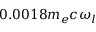
0 . 0 0 1 8 m _ { e } c \omega _ { l }